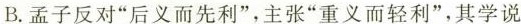
B.孟子反对”后义而先利”，主张”重义而轻利”，其学说